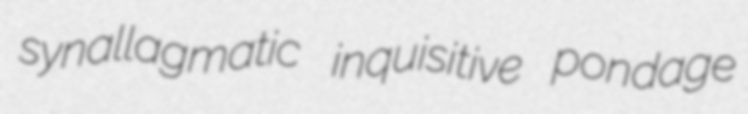
synallagmatic inquisitive pondage